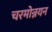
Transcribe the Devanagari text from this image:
चरमोन्नयन